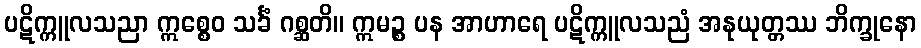
ပဋိက္ကူလသညာ ဣစ္စေဝ သင်္ခံ ဂစ္ဆတိ။ ဣမဉ္စ ပန အာဟာရေ ပဋိက္ကူလသညံ အနုယုတ္တဿ ဘိက္ခုနော